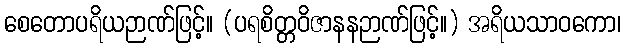
စေတောပရိယဉာဏ်ဖြင့်။ (ပရစိတ္တဝိဇာနနဉာဏ်ဖြင့်။) အရိယသာဝကော၊